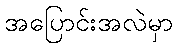
အပြောင်းအလဲမှာ